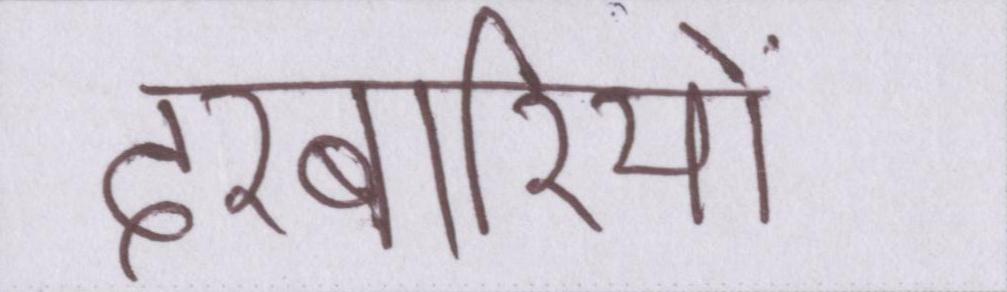
दरबारियों